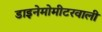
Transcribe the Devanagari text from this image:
डाइनेमोमीटरवाली